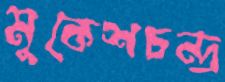
মুকেশচন্দ্র